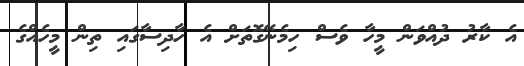
އެ ކާރު ދުއްވަން މީހާ ވެސް ހިމެނޭގޮތަށް އެ ހާދިސާގައި ތިން މީހެއްގެ